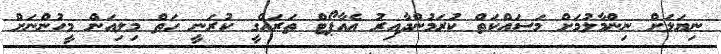
ނިޔަލަށް ނިންމާލުމަށް މަސައްކަތް ކުރަމުންދާއިރު އެއާޕޯޓް ތަރައްގީ ކުރަނީ ހަތް މިލިއަން މީހުންނަށް